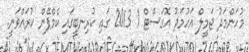
މުހަންމަދު ޖަމީލް އަހުމަދު އޮގަސްޓް 1 2013 ގައި ކުރިނބީގައި ކެމްޕޭން ކުރައްވަނީ.